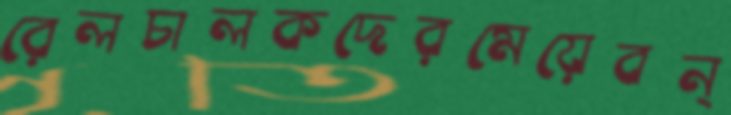
রেলচালকদেরমেয়েবন্